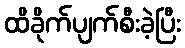
ထိခိုက်ပျက်စီးခဲ့ပြီး